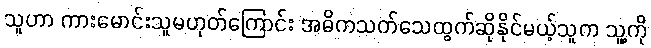
သူဟာ ကားမောင်းသူမဟုတ်ကြောင်း အဓိကသက်သေထွက်ဆိုနိုင်မယ့်သူက သူ့ကို